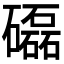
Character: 𥗐